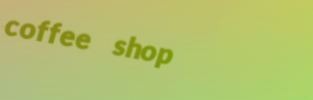
coffee shop